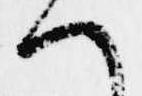
へ